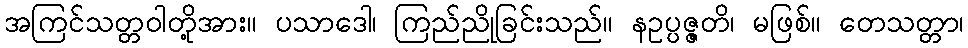
အကြင်သတ္တဝါတို့အား။ ပသာဒေါ၊ ကြည်ညိုခြင်းသည်။ နဥပ္ပဇ္ဇတိ၊ မဖြစ်။ တေသတ္တာ၊